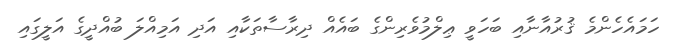
ހަމައެހެންމެ ޤުރުއާނާއި ބަހަވީ ޢިލްމުވެރިންގެ ބައެއް ދިރާސާތަކާއި އަދި އަމިއްލަ ބުއްދީގެ އަލީގައި